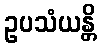
ဥပသံယန္တိ